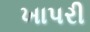
ખાપરી